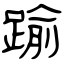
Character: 踰